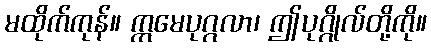
မထိုက်ကုန်။ ဣမေပုဂ္ဂလာ၊ ဤပုဂ္ဂိုလ်တို့ကို။